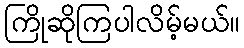
ကြိုဆိုကြပါလိမ့်မယ်။